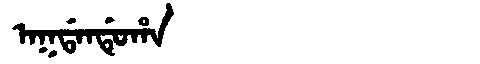
Manchu: ᠠᡴᡩᠠᠨᡩᡠᡥᠠ
Romanization: AKDANDUHA